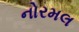
નોરમલ